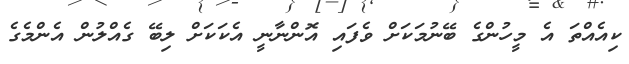
ކިއެއްތަ އެ މީހުންގެ ބޭނުމަކަށް ވެފައި އޮންނާނީ އެކަކަށް ލިބޭ ގެއްލުން އެންމެގެ